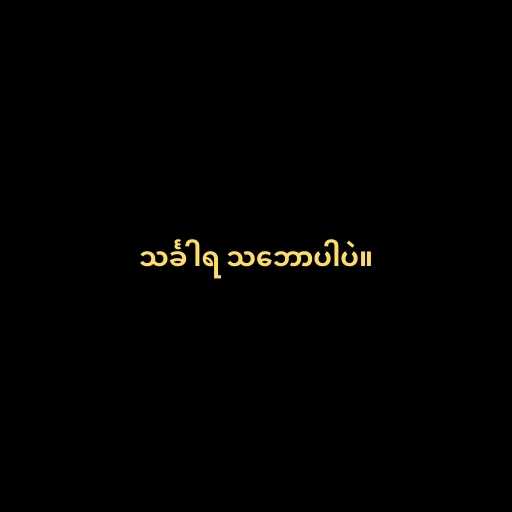
သင်္ခါရ သ‌ဘောပါပဲ။